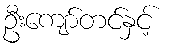
ဦးကျော်တင်နှင့်